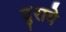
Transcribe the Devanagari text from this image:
दुराये